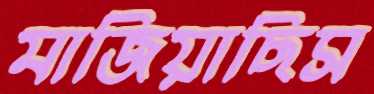
মাজিয়াছিস